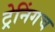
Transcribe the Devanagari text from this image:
ट्रेनिंगच